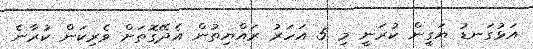
އަޅުގަނޑު ޔަގީން ކުރަނީ މި 5 އަހަރު ރައްޔިތުން އެދޭގޮތަށް ވެރިކަން ކުރާނެ